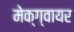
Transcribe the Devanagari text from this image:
मेक्ग्वायर